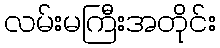
လမ်းမကြီးအတိုင်း